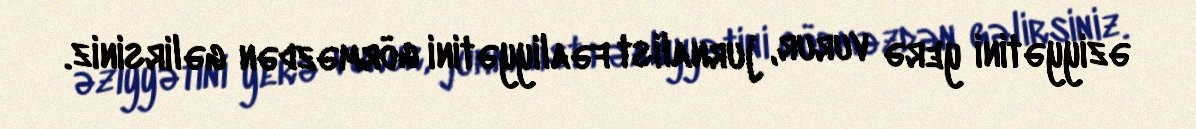
əziyyətini yerə vurur, jurnalist fəaliyyətini görməzdən gəlirsiniz.